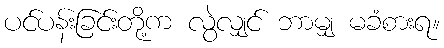
ပင်ပန်းခြင်းတို့က လွဲလျှင် ဘာမျှ မခံစားရ။